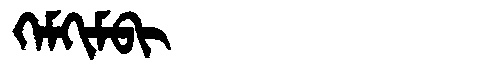
Manchu: ᡴᡝᠮᡴᡳᠮᠪᡳ
Romanization: KEMKIMBI